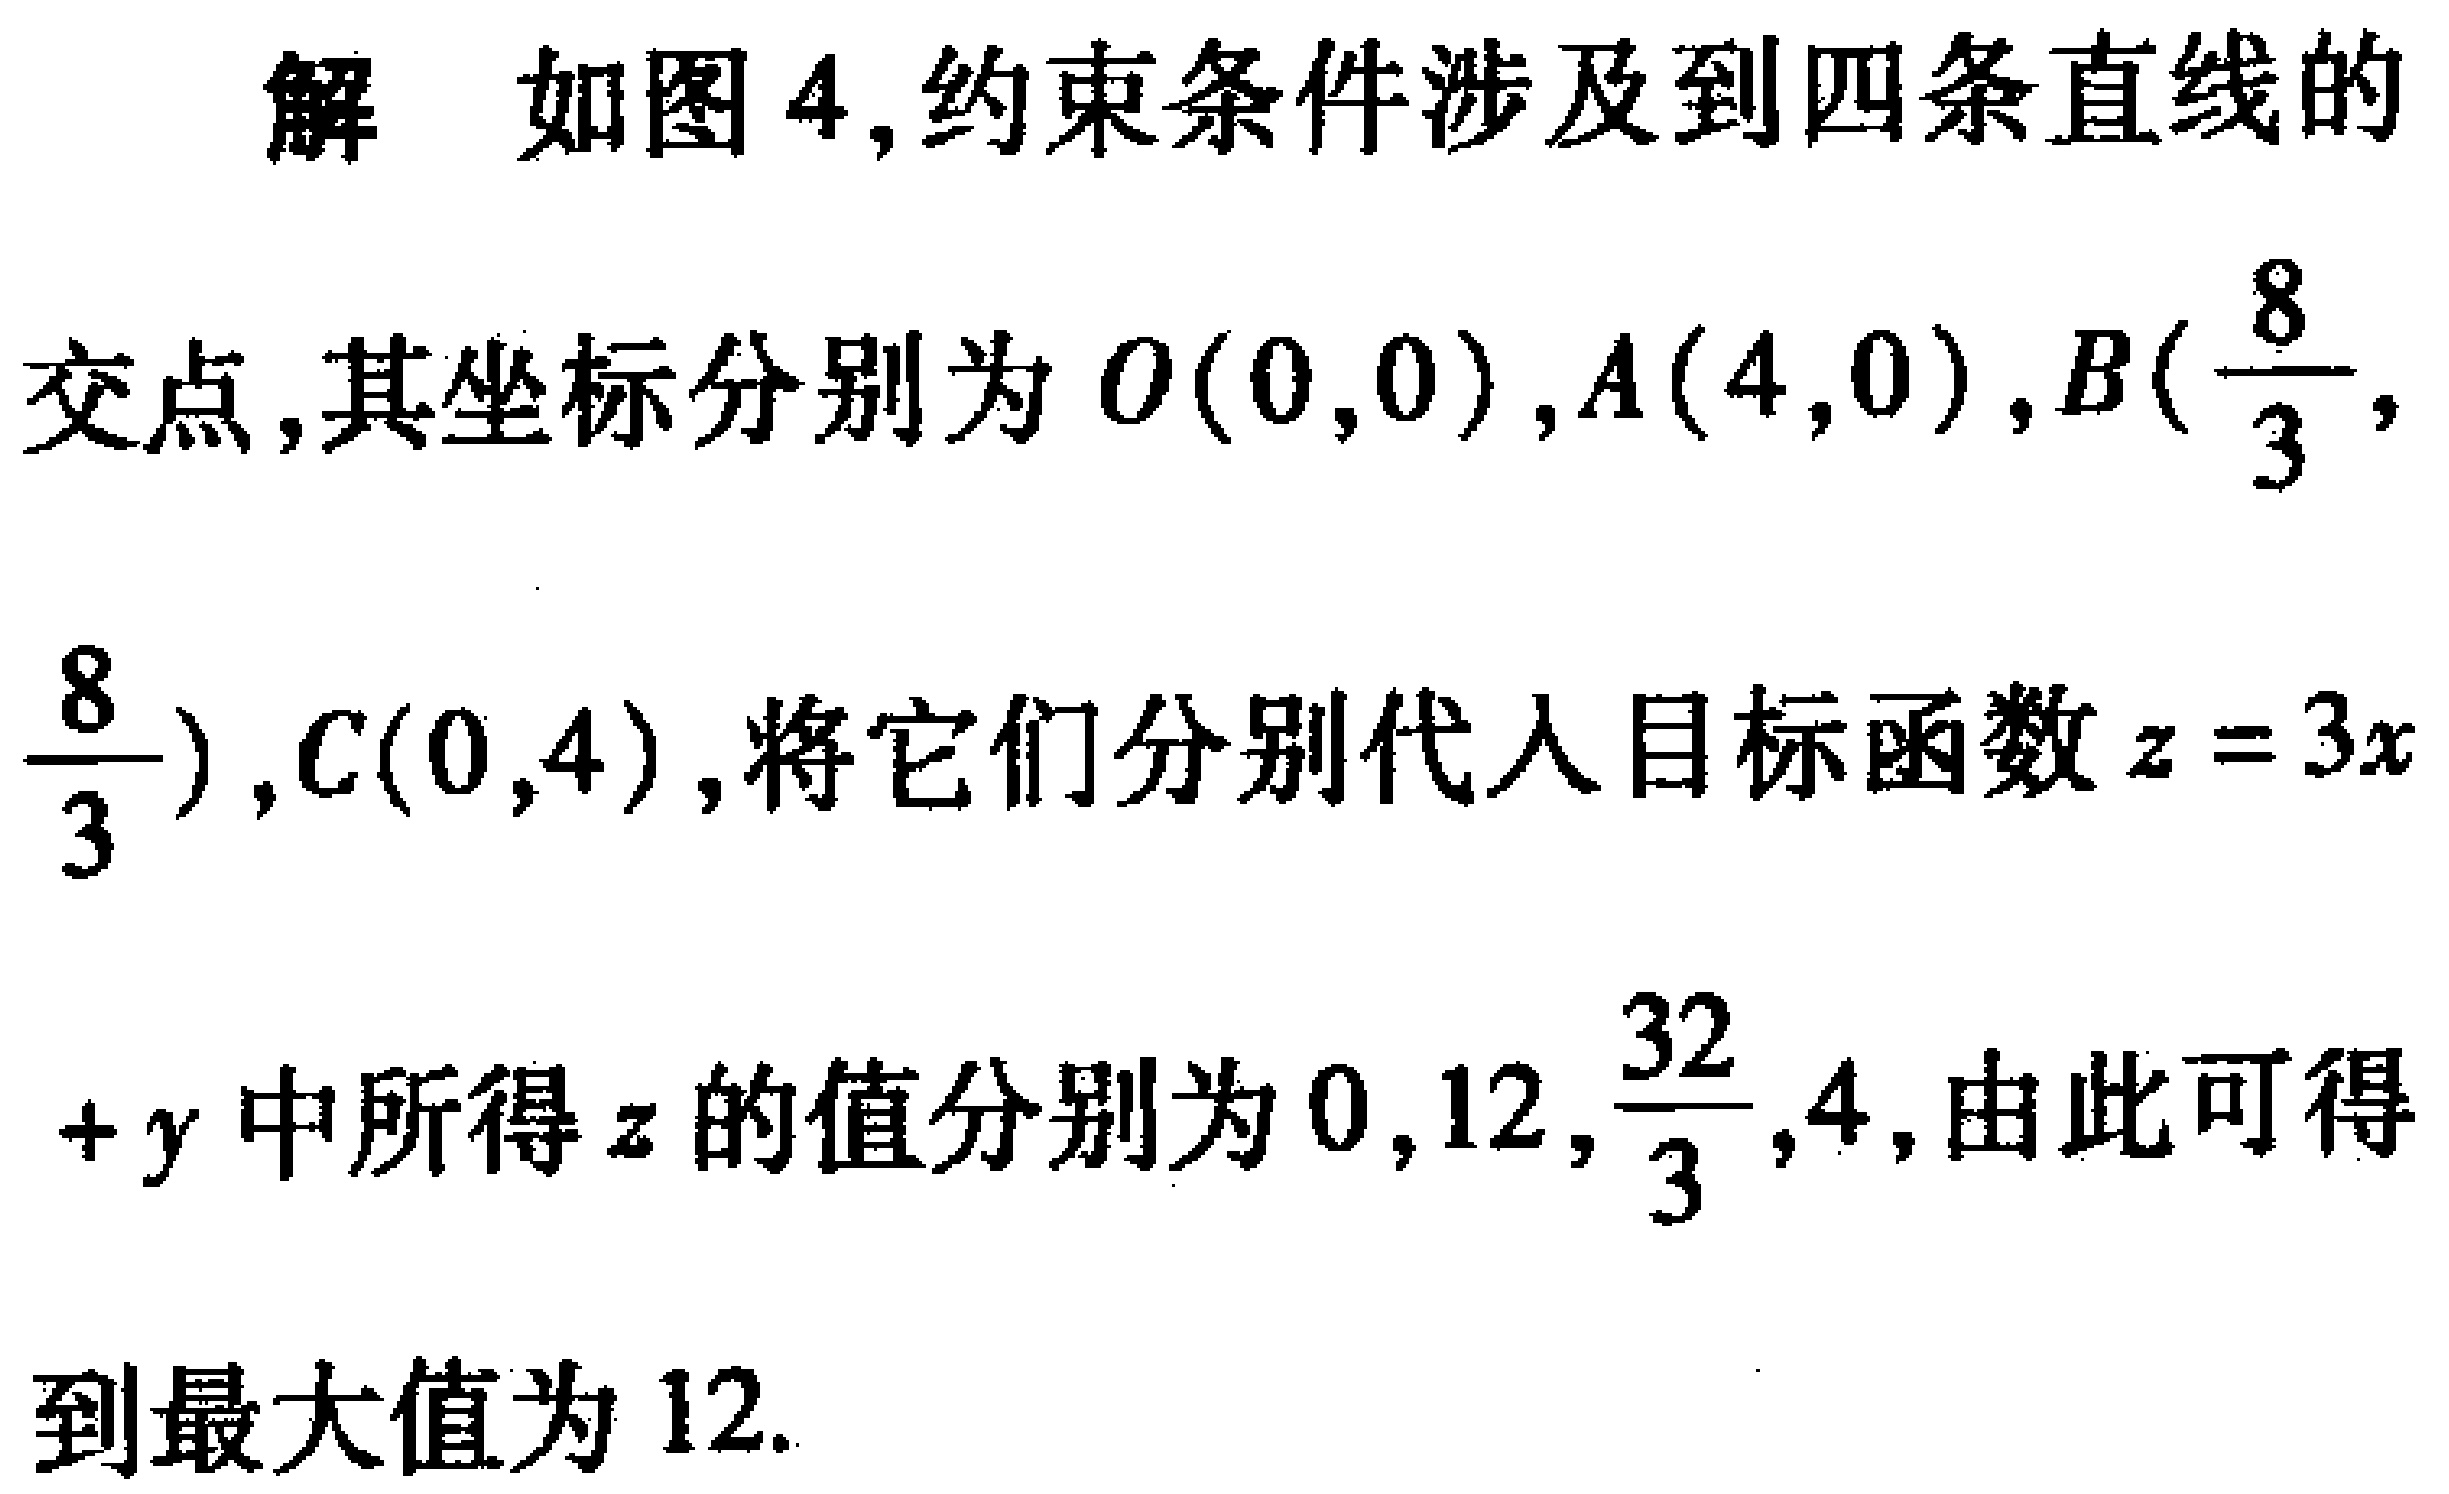
解 如图4,约束条件涉及到四条直线的

交点,其坐标分别为\(O(0,0)\),\(A(4,0)\),\(B(\frac{8}{3},

\frac{8}{3})\),\(C(0,4)\),将它们分别代入目标函数\(z = 3x\)

\(+y\)中所得\(z\)的值分别为\(0,12,\frac{32}{3},4\),由此可得

到最大值为\(12\).